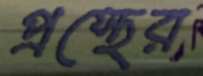
প্রস্থের